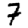
Digit: 7